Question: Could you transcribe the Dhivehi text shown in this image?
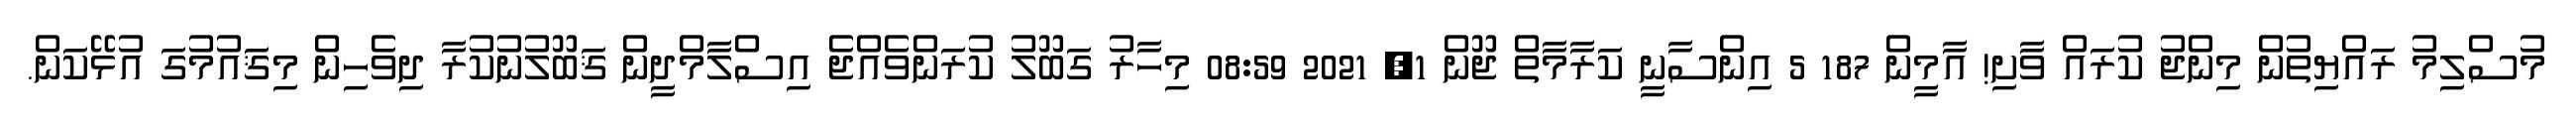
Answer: މުސްލިމު ރައްޔިތުން މިންޖު ކުރައް ވާށި! އާމީން 187 5 އިންސާނީ ކަރާމާތް ޖޫން 1, 2021 08:59 މިހާރު ގަބޫލު ކުރަންވެއްޖެ އިސްލާމްދީން ޤަބޫލުނުކުރާ ދިވެހިން މިޤައުމުގަ އުޅޭކަން.